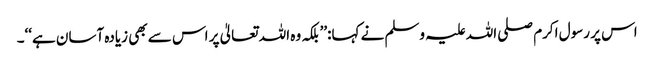
اس پر رسول اکرم صلی اللہ علیہ وسلم نے کہا:’’بلکہ وہ اللہ تعالیٰ پر اس سے بھی زیادہ آسان ہے‘‘۔